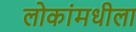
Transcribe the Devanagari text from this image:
लोकांमधीला